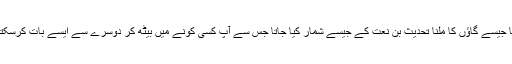
موبائل کی ایجاد اور اسے بڑھ کر سوشل میڈیا جیسے گاؤں کا ملنا تحدیث بن نعت کے جیسے شمار کیا جاتا جس سے آپ کسی کونے میں بیٹھ کر دوسرے سے ایسے بات کرسکتے ہیں جیسے وہ آپ کے ہی شہر کا باسی ہو۔